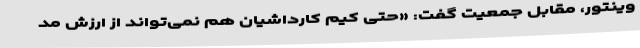
وینتور، مقابل جمعیت گفت: «حتی کیم کارداشیان هم نمی‌تواند از ارزش مُد